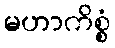
မဟာကိစ္စံ